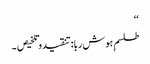
‘‘
طلسمِ ہوش ربا:تنقیدوتلخیص ۔